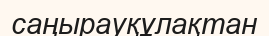
саңырауқұлақтан